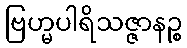
ဗြဟ္မပါရိသဇ္ဇာနဉ္စ